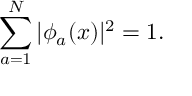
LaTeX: \sum _ { a = 1 } ^ { N } | \phi _ { a } ( x ) | ^ { 2 } = 1 .